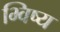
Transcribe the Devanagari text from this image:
भ्विष्य